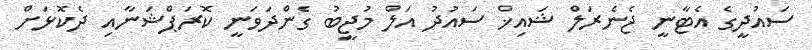
ސައުދީގެ އެޓާނީ ޖެނެރަލް ޝައިޚް ސައުދު އަލް މުޖީބު ގެންދަވަނީ ކޮރަޕްޝަނާއި ދެކޮޅަށް